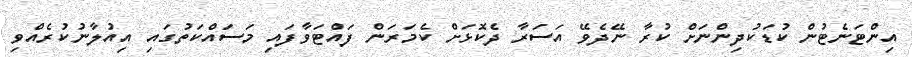
އިންޓަނެޓުން ކުޑަކުދިންނަށް ކުރާ ނޭދެވޭ އަސަރާ ދެކޮޅަށް ކެމަރަން ފައްޓަވާފައި މަސައްކަތުގައި އިއުލާނުކުރެއްވި